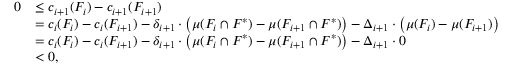
\begin{array} { r l } { 0 } & { \le c _ { i + 1 } ( F _ { i } ) - c _ { i + 1 } ( F _ { i + 1 } ) } \\ { } & { = c _ { i } ( F _ { i } ) - c _ { i } ( F _ { i + 1 } ) - \delta _ { i + 1 } \cdot \big ( \mu ( F _ { i } \cap F ^ { * } ) - \mu ( F _ { i + 1 } \cap F ^ { * } ) \big ) - \Delta _ { i + 1 } \cdot \big ( \mu ( F _ { i } ) - \mu ( F _ { i + 1 } ) \big ) } \\ { } & { = c _ { i } ( F _ { i } ) - c _ { i } ( F _ { i + 1 } ) - \delta _ { i + 1 } \cdot \big ( \mu ( F _ { i } \cap F ^ { * } ) - \mu ( F _ { i + 1 } \cap F ^ { * } ) \big ) - \Delta _ { i + 1 } \cdot 0 } \\ { } & { < 0 , } \end{array}